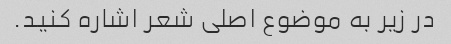
در زیر به موضوع اصلی شعر اشاره کنید.